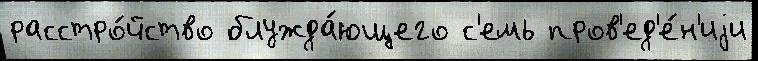
расстро́йство блужда́ющего с'емь пров'ед'е́н'иjи